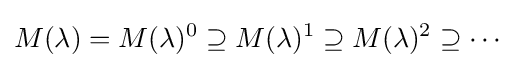
M(\lambda )=M(\lambda )^{0}\supseteq M(\lambda )^{1}\supseteq M(\lambda )^{2}\supseteq \cdots